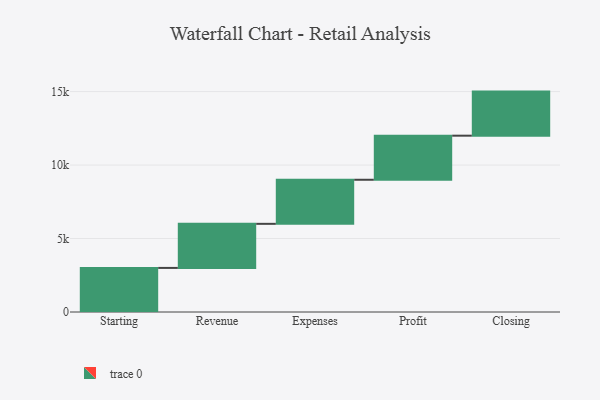
{"axis": {"x": "Step", "y": "Value"}, "legend": [""], "data": [{"x": "Starting", "y": 3000, "type": ""}, {"x": "Revenue", "y": 3000, "type": ""}, {"x": "Expenses", "y": 3000, "type": ""}, {"x": "Profit", "y": 3000, "type": ""}, {"x": "Closing", "y": 3000, "type": ""}]}